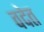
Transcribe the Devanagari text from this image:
वदेत